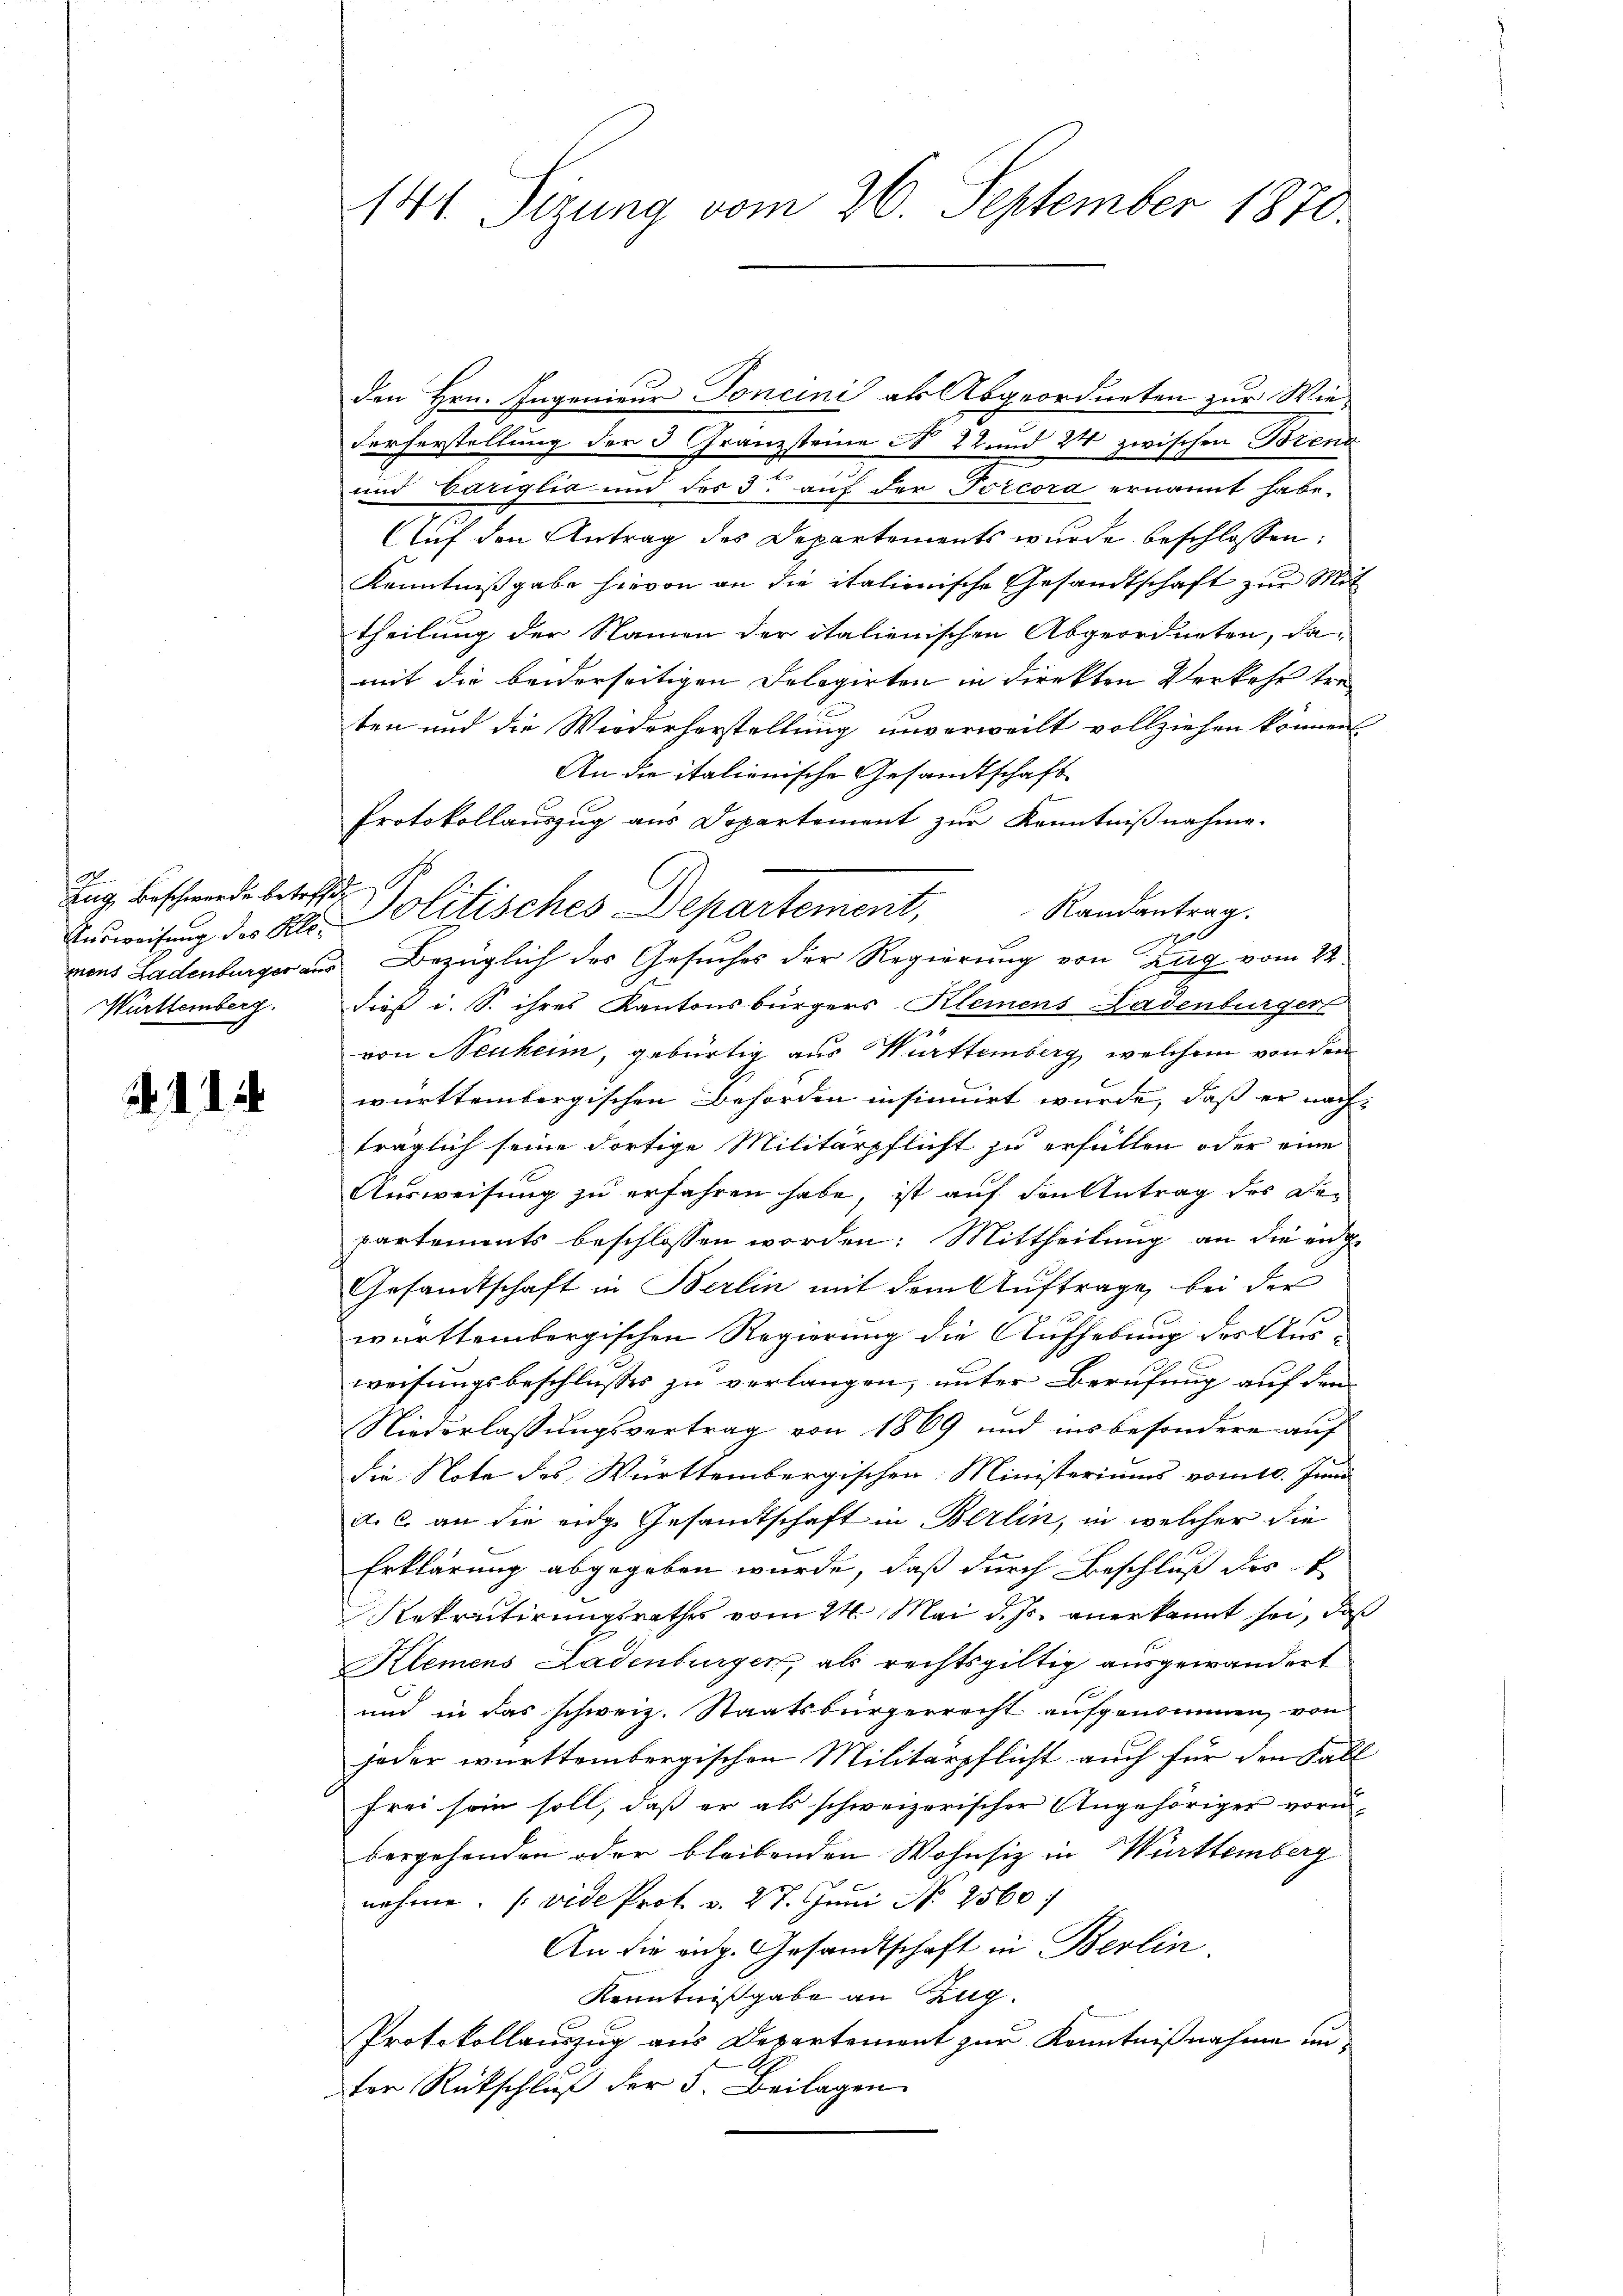
do
Zug, Beschwerde betreffe
Württemberg.

. d. d.

den Hrn. Ingenieur Toncini als Abgeordneten zur Wie¬
Ferherstellung der 3 Granzsteine No 22 und 24 zwischen Brena
und Cariglia und des 3. auf der Torcora ernannt habe.
Auf den Antrag des Departements wurde beschlossen:
Kenntnißgabe hievon an die italienische Gesandtschaft zur Mit
theilung der Namen der italienischen Abgeordneten, damit die beiderseitigen Delegirten in direkten Verkehr tre
ten und die Wiederherstellung unverweilt vollziehen können
An die italienische Gesandtschaft
f
Protokollauszug aus Departement zur Kenntnißnahme.
Randantrag.
Beweisung der Dr. Politisches Departement,
nons Ladenburger aus Bezüglich des Gesuches der Regierung von Zug vom 22.
dieß i. S. ihres Kantonsbürgers Kleinens Ladenburger
5
von Neuheim, gebürtig aus Württemberg, welchem von dem
württembergischen Behörden insinuirt wurde, daß er nachträglich seine dortige Militärpflicht zu erfüllen oder eine
Ausweisung zu erfahren habe, ist auf den Antrag des De-
partements beschlossen worden: Mittheilung an die ang
Gesandtschaft in Berlin mit dem Auftrage bei der
württembergischen Regierung die Aufhebung des Ausweisungsbeschlusses zu verlangen, unter Berufung auf den
Niederlassungsvertrag von 1869 und insbesondere auf
die Note des Württembergischen Ministeriums vom 10. Juni
a. c. an die eige Gesandtschaft in Berlin, in welcher die
Erklärung abgegeben wurde, daß durch Beschluß des k
Rekrutirungsrathes vom 24. Mai d. Js. anerkannt sei, daß
Klemens Ladenburger, als rechtsgültig ausgewandert
und in das schweiz. Staatsbürgerrecht aufgenommen, von
jeder württembergischen Militärpflicht auch für den Fall
frei sein soll, daß er als schweizerischer Angehöriger vornbergehenden oder bleibenden Wohnsiz in Württemberg
nehme. (vide Prof. v. 27. Juni No 2560.
An die aug. Gesandtschaft in Berlin.
Kenntnißgabe an Zug.
Protokollauszug aus Departement zur Kenntnißnahme unfer Rückschluß der 5. Beilagen

141. Sizung vom 26. September 1870.